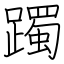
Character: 躅